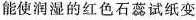
能使润湿的红色石蕊试纸变